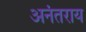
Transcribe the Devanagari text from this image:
अनंतराय